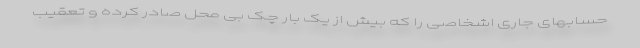
حسابهای جاری اشخاصی را که بیش از یک بار چک بی محل صادر کرده و تعقیب